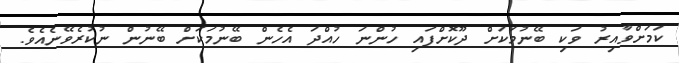
ކަމަށްވާއިރު ވަކި ބޭނުމަކަށް ދޫކޮށްފައި ހުންނަ ހުއްދަ އެހެން ބޭނުމަކަށް ބޭނުން ނުކުރެވޭނެއެވެ.